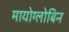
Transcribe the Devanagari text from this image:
मायोग्लोबिन